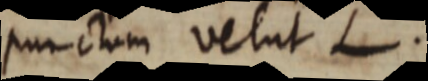
punctum velut L.